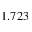
1 . 7 2 3